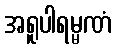
အရူပါရမ္မဏံ